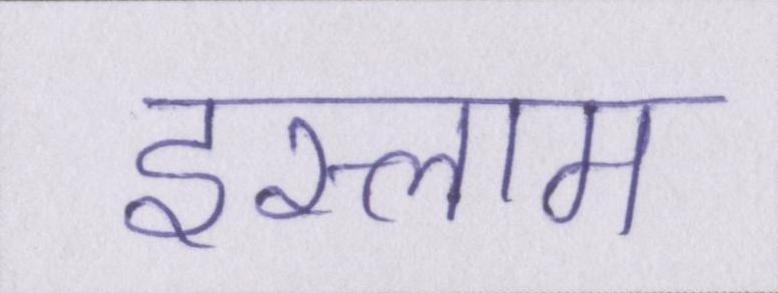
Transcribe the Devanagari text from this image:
इस्लाम